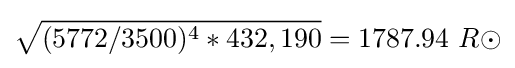
{\sqrt {(5772/3500)^{4}*432,190}}=1787.94\ R\odot